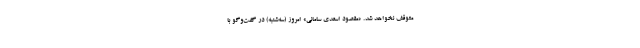
متوقف نخواهد شد. «مقصود اسعدی سامانی» امروز (سه‌شنبه) در گفت‌وگو با